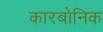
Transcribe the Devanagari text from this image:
कारबोनिक